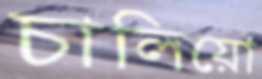
চালিয়ো